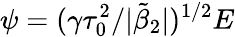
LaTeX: \psi=(\gamma\tau_{0}^{2}/|\tilde{\beta}_{2}|)^{1/2}E